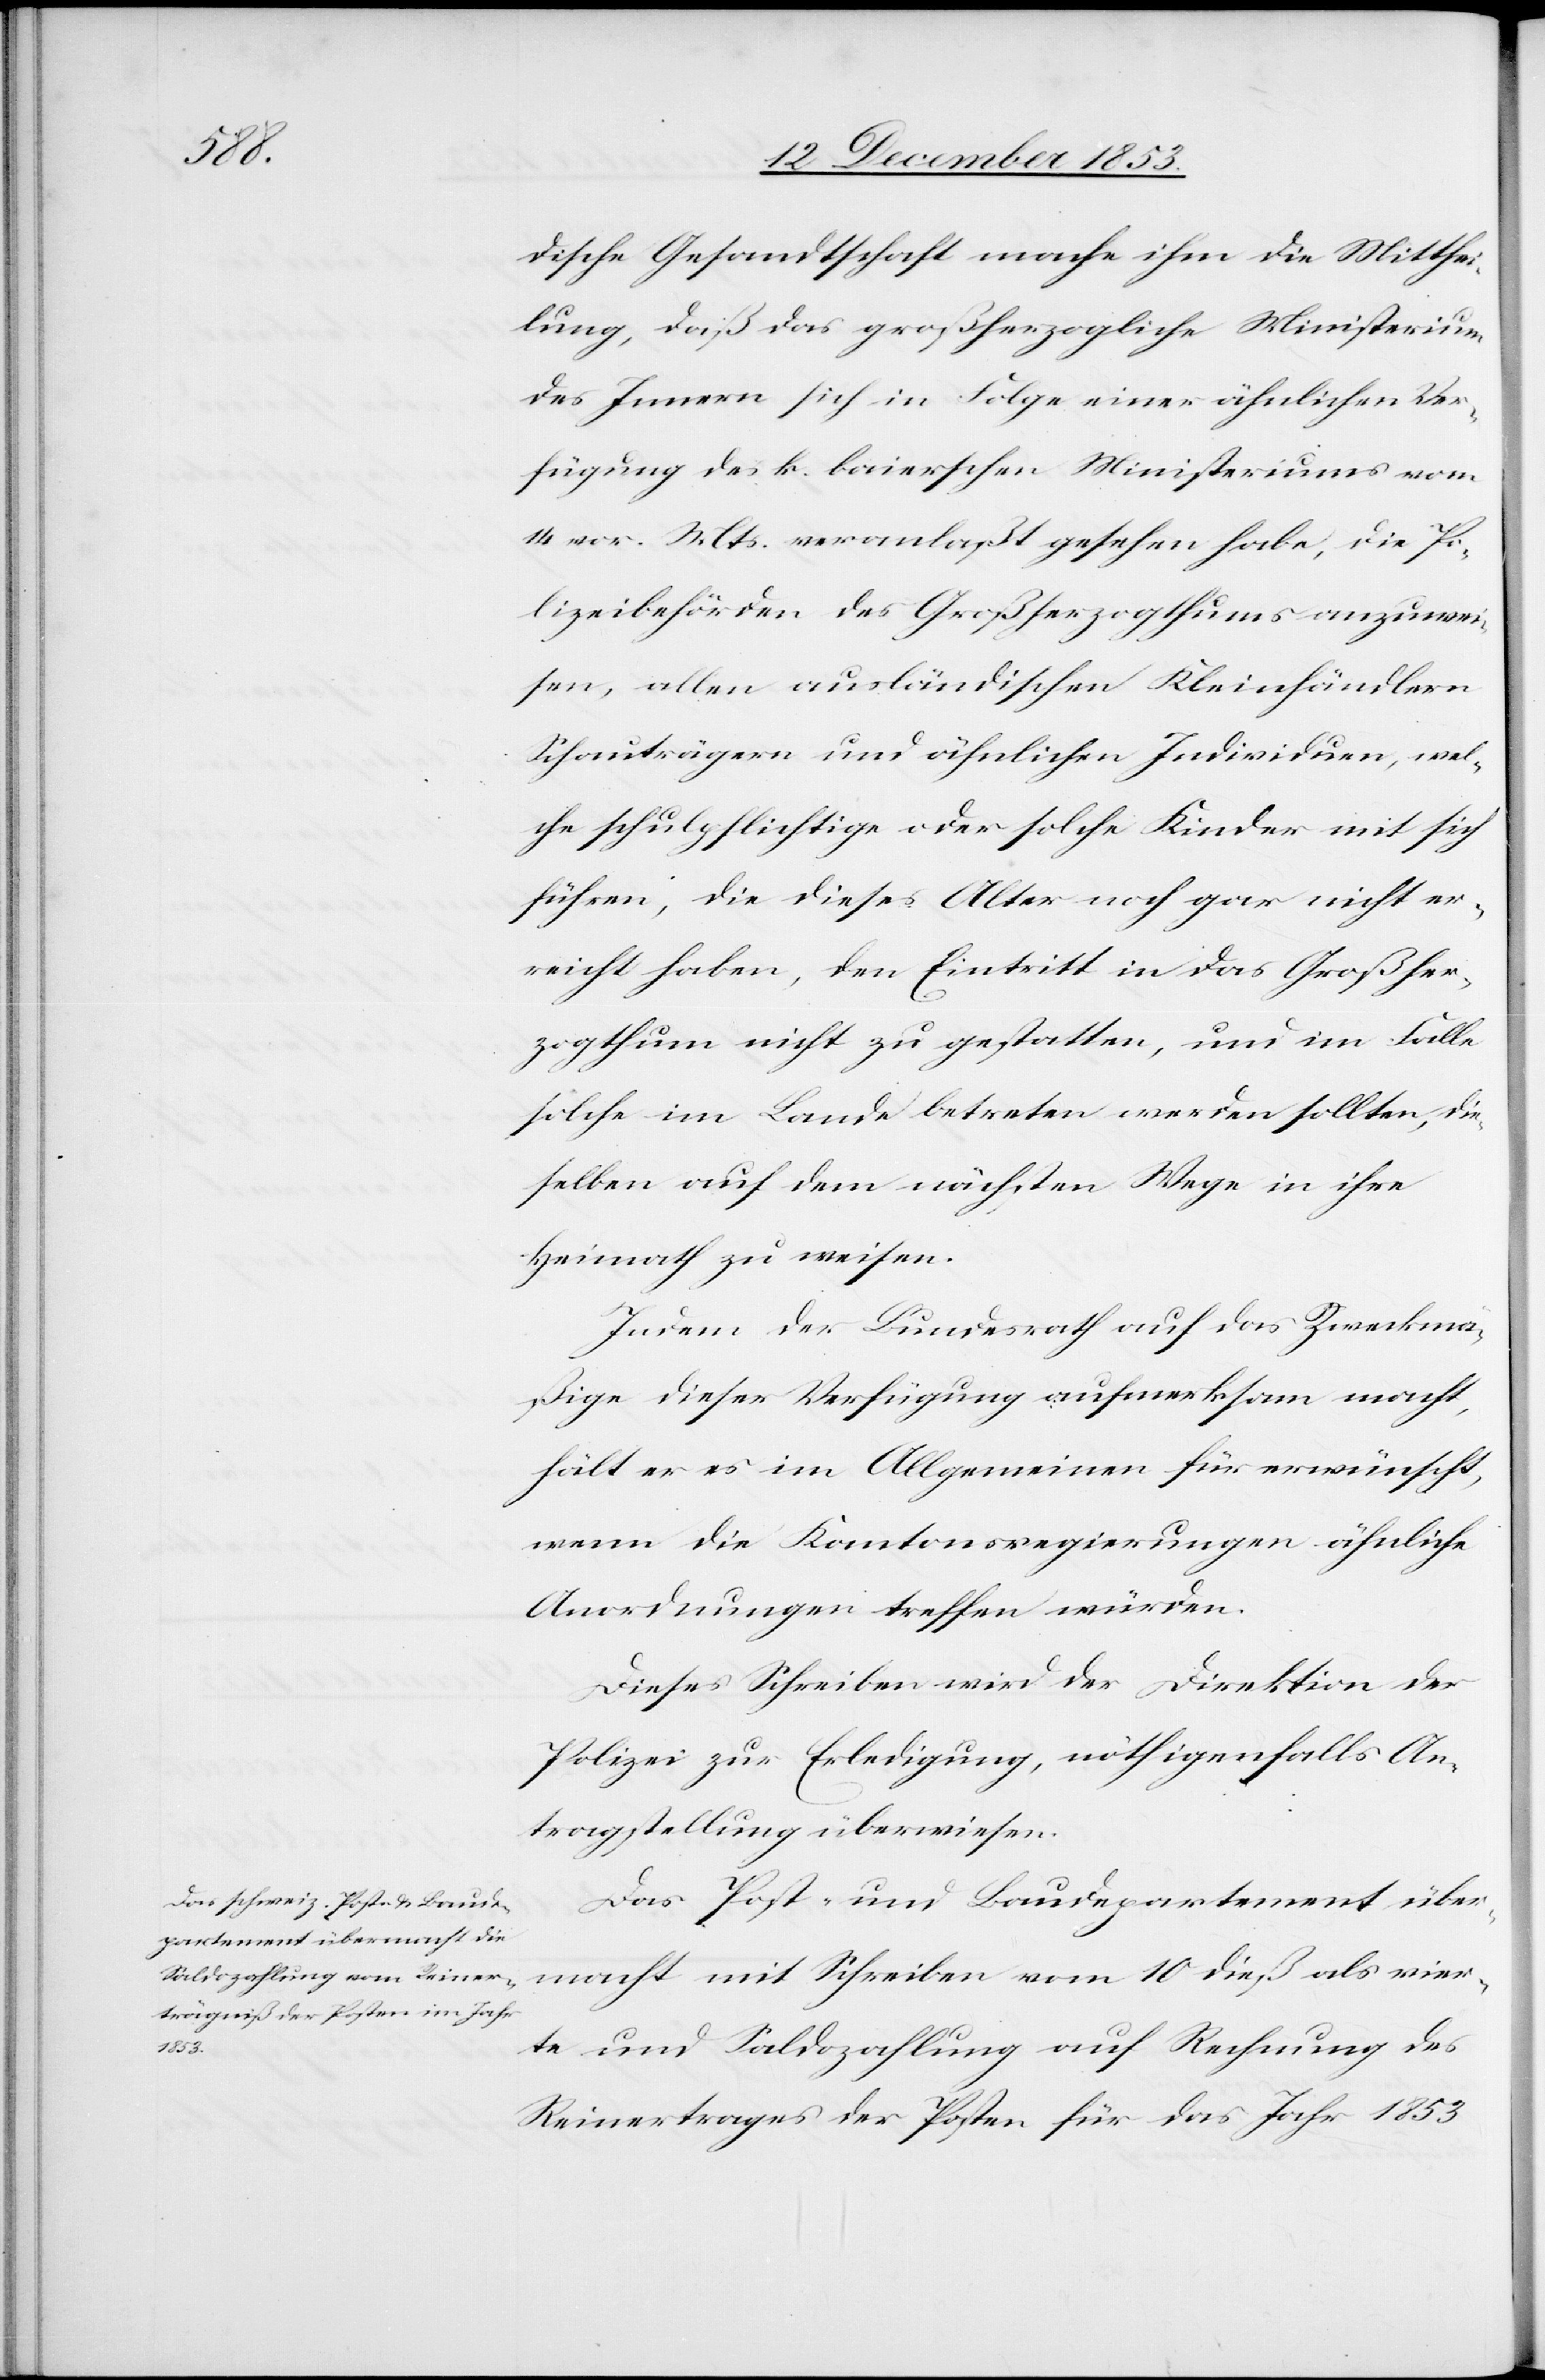
dische Gesandtschaft mache ihm die Mitthei¬
lung, daß das großherzogliche Ministerium
des Innern sich in Folge einer ähnlichen Ver¬
fügung des k. baierschen Ministeriums vom
14 vor. Mts. veranlaßt gesehen habe, die Po¬
lizeibehörden des Großherzogthums anzuwei¬
sen, allen ausländischen Kleinhändlern
Schauträgern und ähnlichen Individuen, wel¬
che schulpflichtige oder solche Kinder mit sich
führen, die dieses Alter noch gar nicht er¬
reicht haben, den Eintritt in das Großher¬
zogthum nicht zu gestatten, und im Falle
solche im Lande betreten werden sollten, die¬
selben auf dem nächsten Wege in ihre
Heimath zu weisen.
Indem der Bundesrath auf das Zweckmä¬
ßige dieser Verfügung aufmerksam macht,
hält er es im Allgemeinen für erwünscht,
wenn die Kantonsregierungen ähnliche
Anordnungen treffen würden.
Dieses Schreiben wird der Direktion der
Polizei zur Erledigung, nöthigenfalls An¬
tragstellung überwiesen.
Das Post- und Baudepartement über¬
macht mit Schreiben vom 10 dieß als vier¬
te und Saldozahlung auf Rechnung des
Reinertrages der Posten für das Jahr 1853